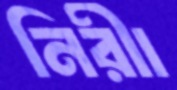
নিরীা